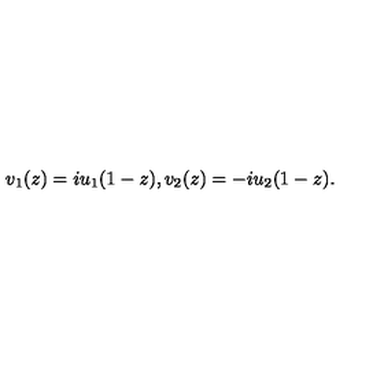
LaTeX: v _ { 1 } ( z ) = i u _ { 1 } ( 1 - z ) , v _ { 2 } ( z ) = - i u _ { 2 } ( 1 - z ) .